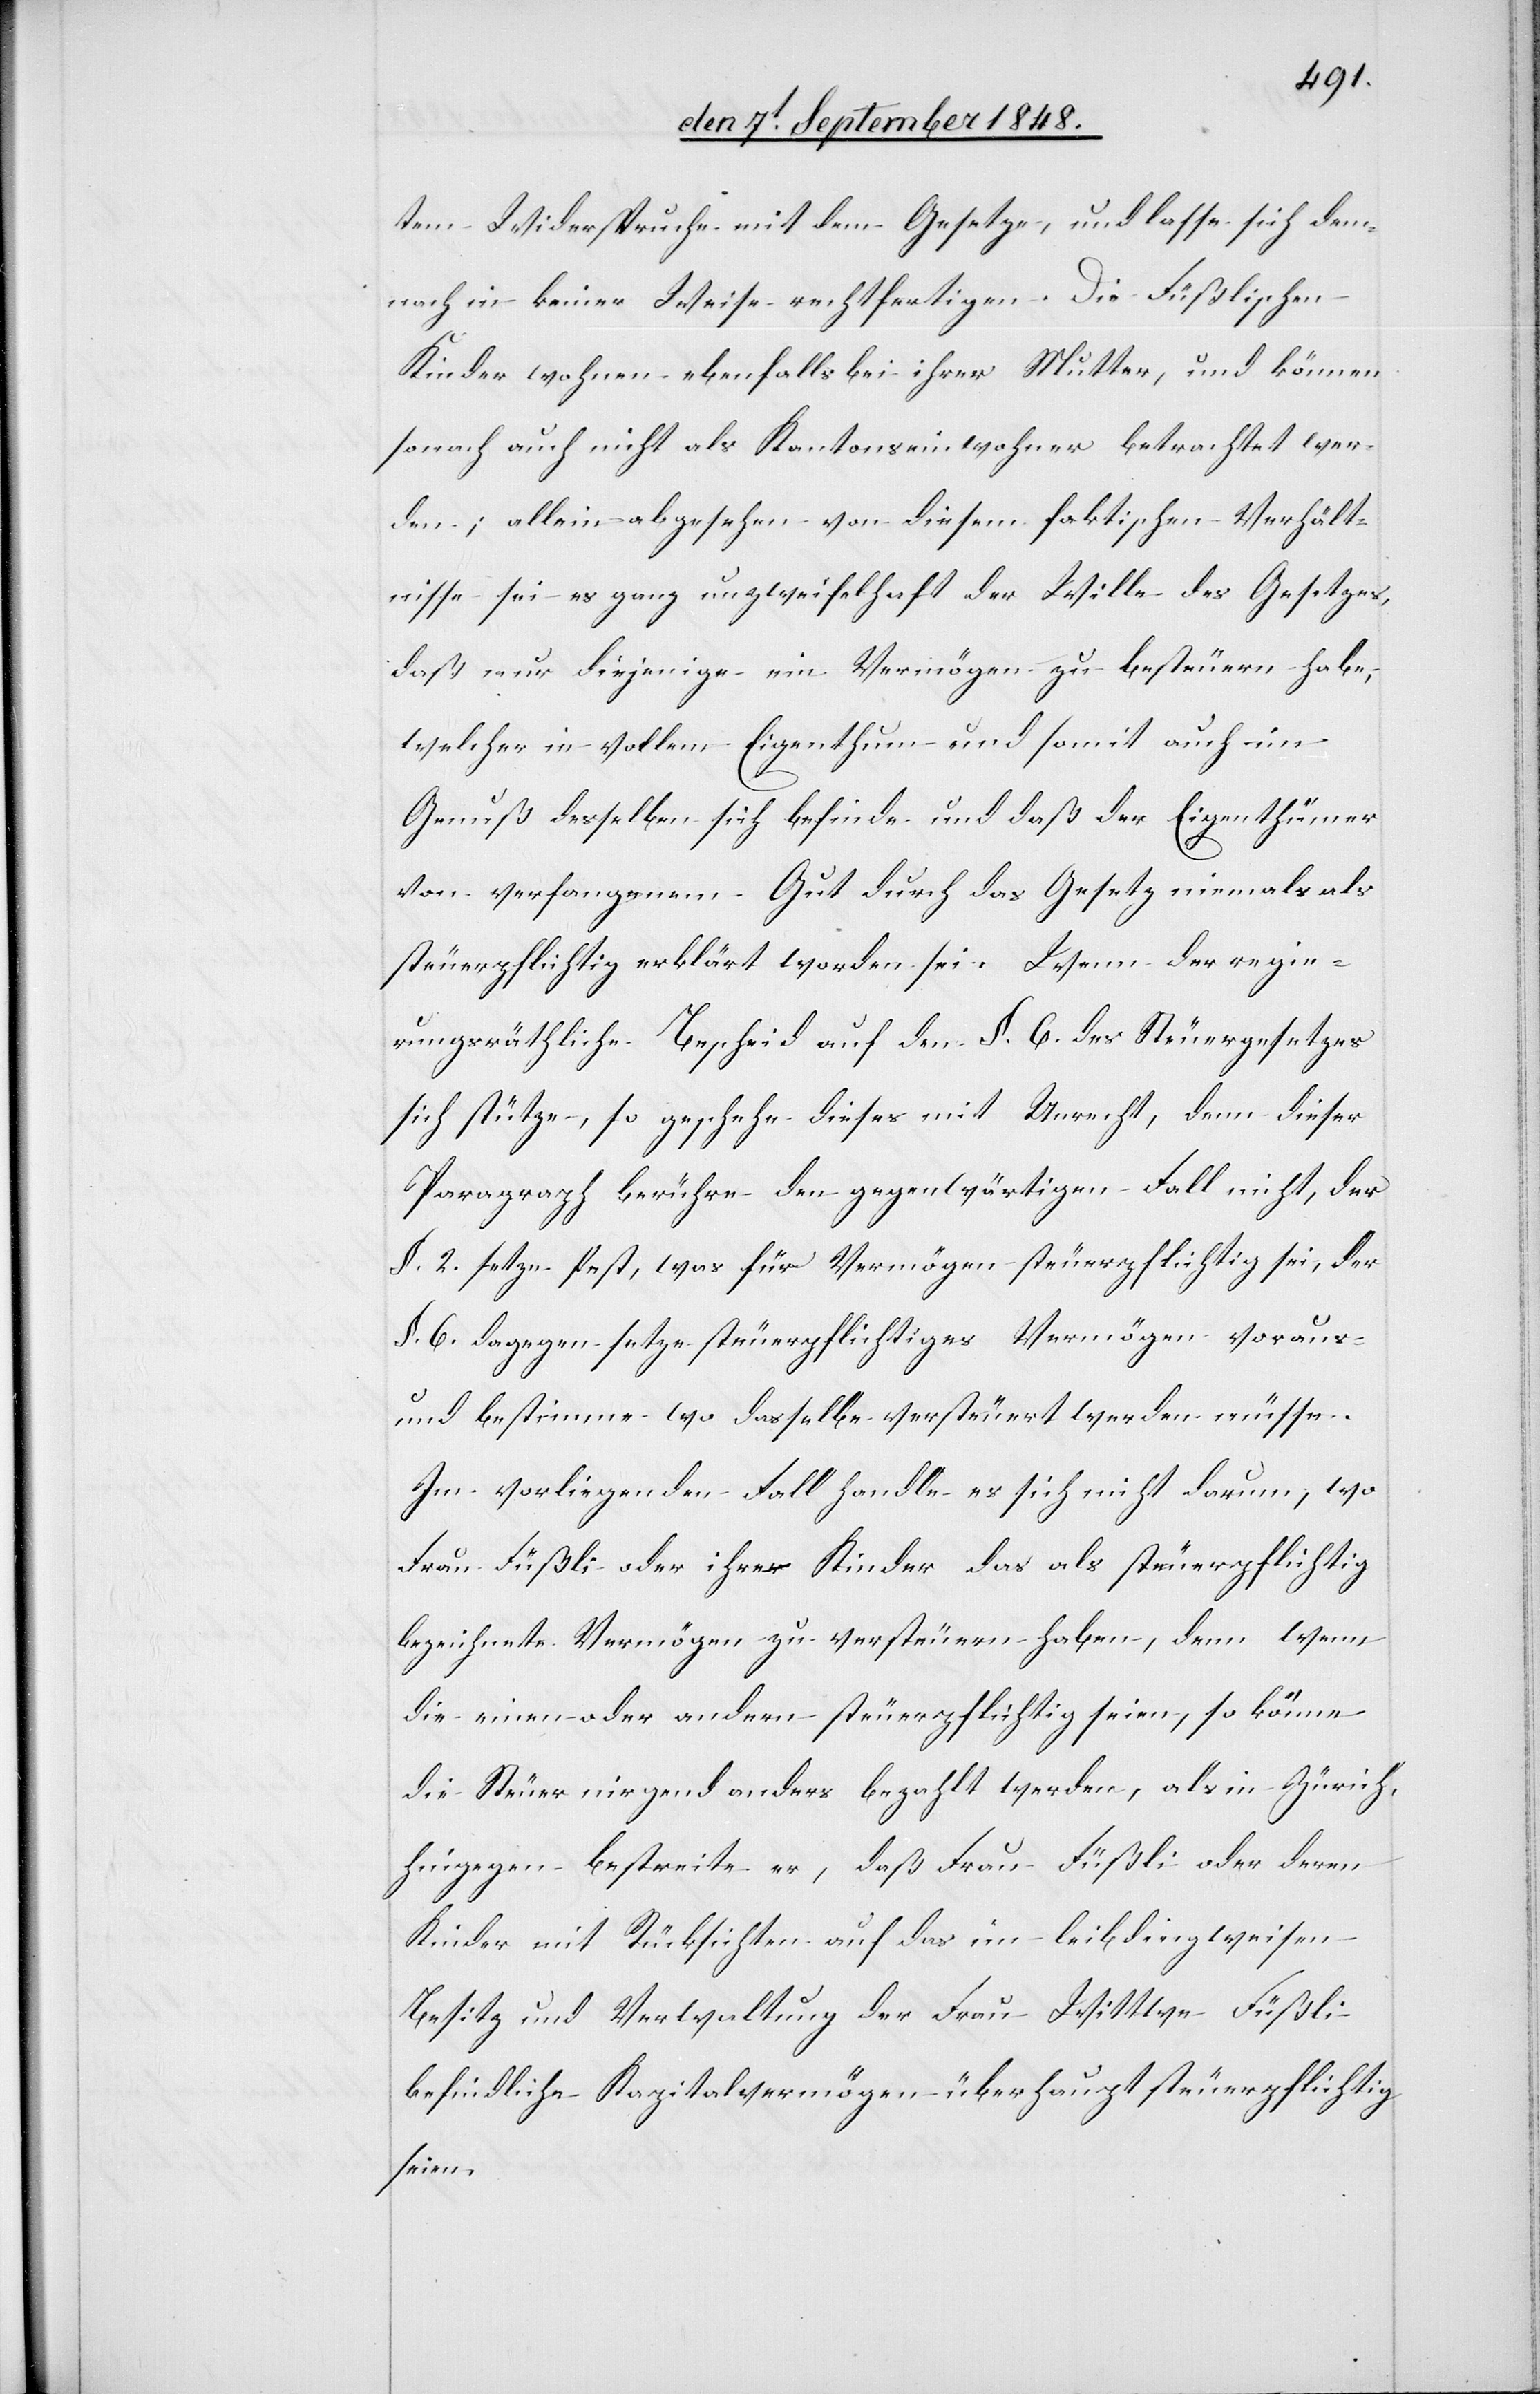
tem Widerspruche mit dem Gesetze, und lasse sich dem¬
nach in keiner Weise rechtfertigen. Die Füßlischen
Kinder wohnen ebenfalls bei ihrer Mutter, und können
sonach auch nicht als Kantonseinwohner betrachtet wer¬
den; allein abgesehen von diesem faktischen Verhält¬
nisse sei es ganz unzweifelhaft der Wille des Gesetzes,
von verfangenem Gut durch das Gesetz niemals als
steuerpflichtig erklärt worden sei. Wenn der regie¬
rungsräthliche Bescheid auf den §. 6. des Steuergesetzes
sich stütze, so geschehe dieses mit Unrecht, denn dieser
Paragraph berühre den gegenwärtigen Fall nicht, der
§. 2. setze fest, was für Vermögen steuerpflichtig sei, der
§. 6. dagegen setze steuerpflichtiges Vermögen voraus
und bestimme wo dasselbe versteuert werden müsse.
Im vorliegenden Fall handle es sich nicht darum, wo
Frau Füßli oder ihre Kinder das als steuerpflichtig
bezeichnete Vermögen zu versteuern haben, denn wenn
die einen oder andern steuerpflichtig seien, so könne
die Steuer nirgend anders bezahl werden, als in Zürich,
hingegen bestreite er, daß Frau Füßli oder deren
Kinder mit Rücksichten auf das im leibdingweisen
Besitz und Verwaltung der Frau Witte Füßli
befindliche Kapitalvermögen überhaupt steuerpflichtig
seien.